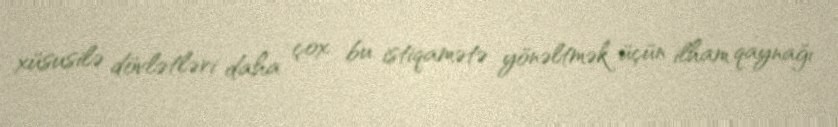
xüsusilə dövlətləri daha çox bu istiqamətə yönəltmək üçün ilham qaynağı